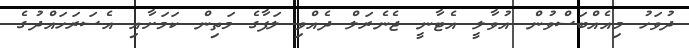
ދުވަހު މިއެއްބަސްވުން އުވާލީ އެޓާނީ ޖެނެރަލް ދެއްވި ލަފާގެ މަތިން ކަމަށާއި އެސަރަހައްދުގެ